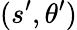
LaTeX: (s^{\prime},\theta^{\prime})